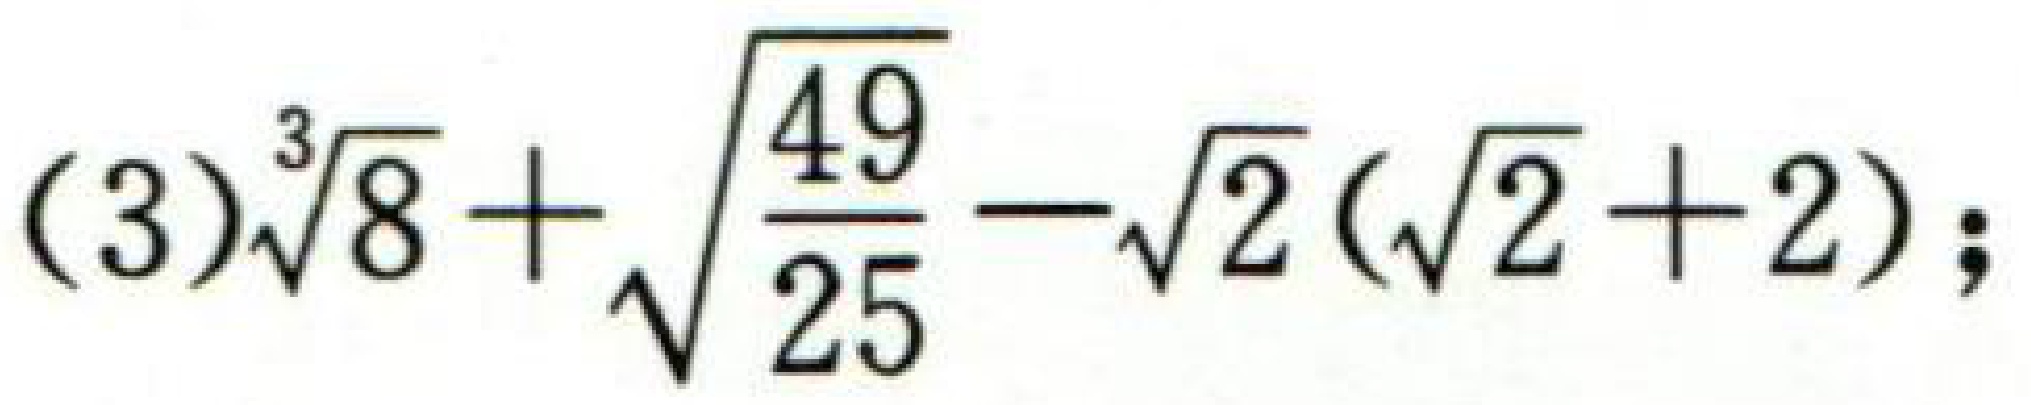
$(3)\sqrt[3]{8}+\sqrt{\frac{49}{25}}-\sqrt{2}(\sqrt{2}+2);$